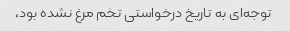
توجه‌ای به تاریخ درخواستی تخم مرغ نشده بود،